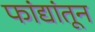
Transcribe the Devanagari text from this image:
फांद्यांतून